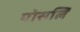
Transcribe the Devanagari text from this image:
पोसलि